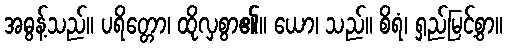
အဓွန့်သည်။ ပရိတ္တော၊ ထိုလှစွာ၏။ ယော၊ သည်။ စိရံ၊ ရှည်မြင့်စွာ။